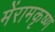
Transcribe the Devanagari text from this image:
मेंरामकृष्ण